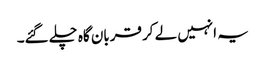
یہ انہیں لے کر قربان گاہ چلے گئے۔